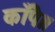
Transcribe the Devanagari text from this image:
काँपै॥